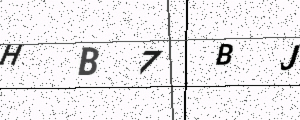
Text: HB7BJ